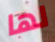
لها